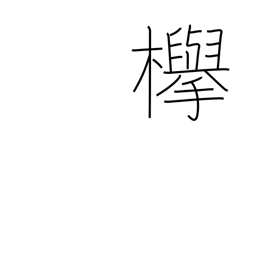
Meaning: keyaki